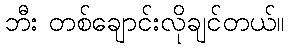
ဘီး တစ်ချောင်းလိုချင်တယ်။